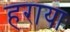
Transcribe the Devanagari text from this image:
हरायाः